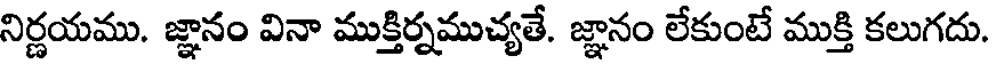
నిర్ణయము. జ్ఞానం వినా ముక్తిర్నముచ్యతే. జ్ఞానం లేకుంటే ముక్తి కలుగదు.